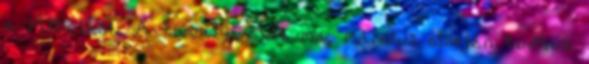
a Mikulást. A tavalyi évit ma, március elsején tudtuk